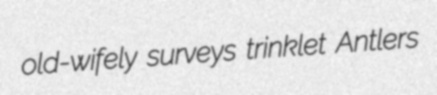
old-wifely surveys trinklet Antlers